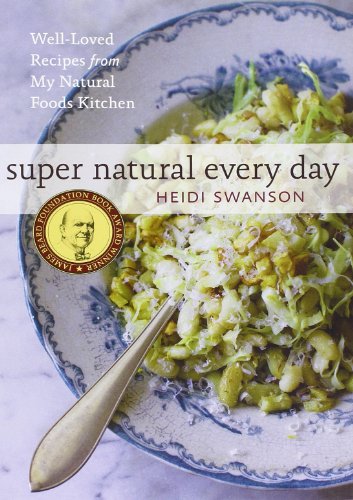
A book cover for Super Natural Every Day: Well-Loved Recipes from My Natural Foods Kitchen; Heidi Swanson; Cookbooks, Food & Wine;